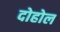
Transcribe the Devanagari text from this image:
दोहोल